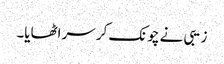
زیبی نے چونک کر سر اٹھایا۔